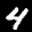
Label: 4